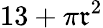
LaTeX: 13+\pi\mathfrak{r}^{2}